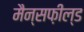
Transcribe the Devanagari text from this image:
मैन्सफ़ील्ड